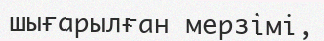
шығарылған мерзімі‚